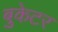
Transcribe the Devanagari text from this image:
बुकेटर